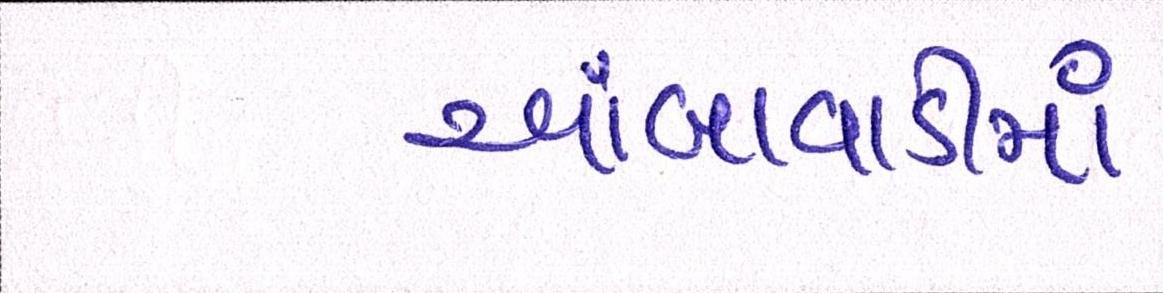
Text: આંબાવાડીમાં